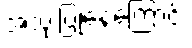
အသုံးပြုနေကြောင်း